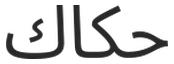
حكاك